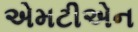
એમટીએન